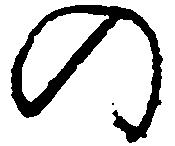
の